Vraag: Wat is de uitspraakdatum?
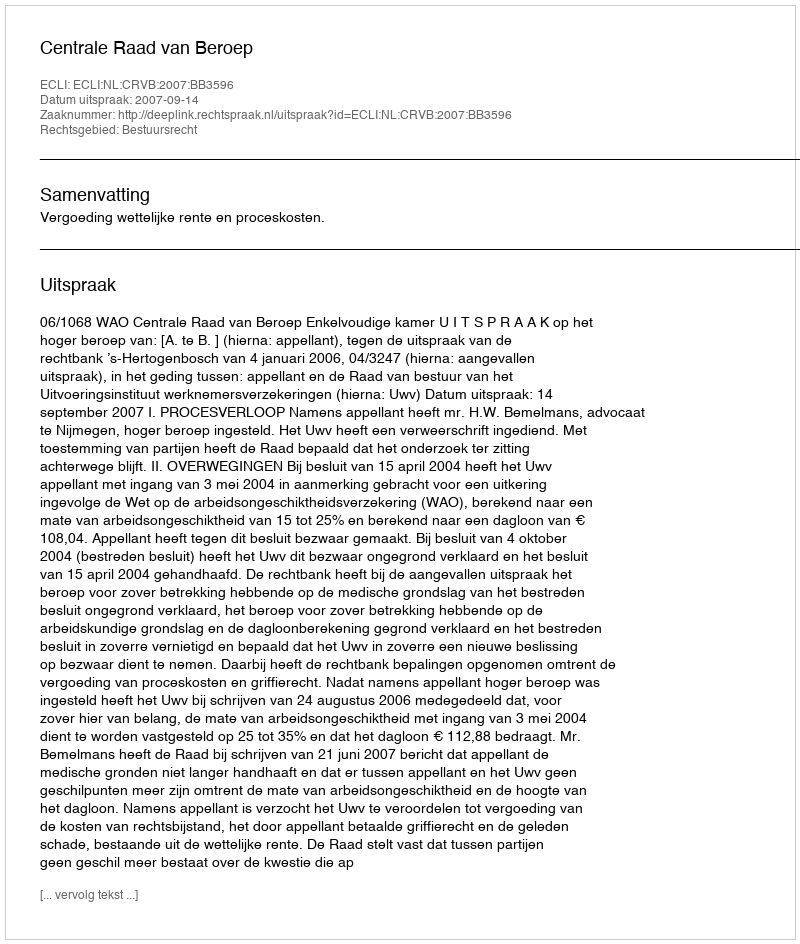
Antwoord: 2007-09-14